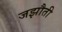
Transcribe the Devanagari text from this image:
जझौती